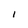
Character: 1